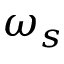
\omega _ { s }